Civil Veterinary Department. Central Provinces & Berar 1932-41 - 1932-1941
Year: 1932
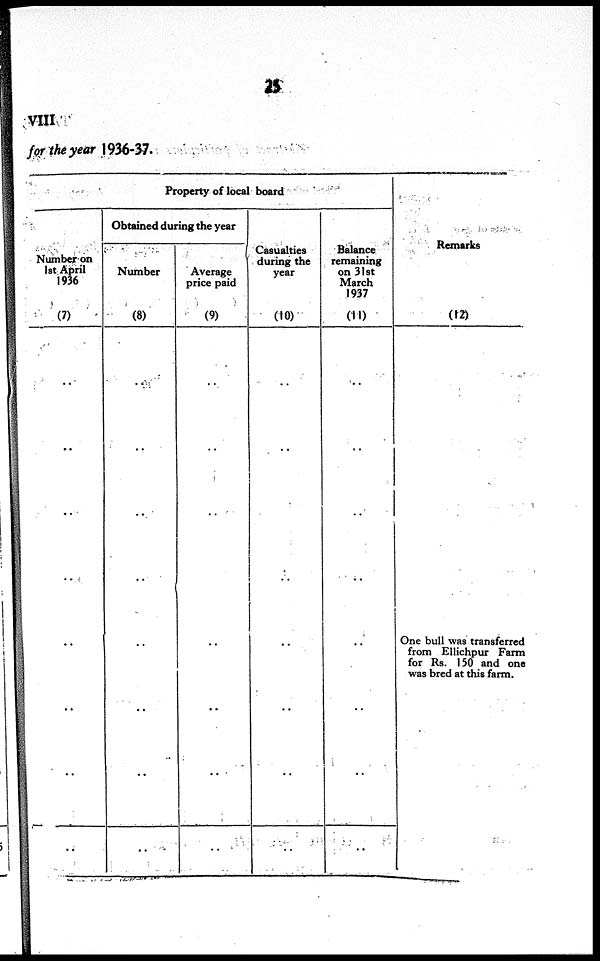
25
VIII
for the year 1936-37.
Property of local board
Number on
1st April
1936
(7)
..
..
..
..
..
..
..
Obtained during the year
Number
(8)
..
..
..
..
..
..
..
Average
price paid
(9)
..
..
..
..
..
..
..
Casualties
during the
year
(10)
..
..
..
..
..
..
..
Balance
remaining
on 31st
March
1937
(11)
..
..
..
..
..
..
..
Remarks
(12)
One bull was transferred
from Ellichpur Farm
for Rs. 150 and one
was bred at this farm.